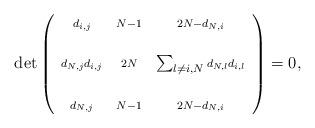
LaTeX: \begin{align*}\det\left(\begin{array}{ccc}\scriptstyle{d_{i,j}} & \scriptstyle{N-1} & \scriptstyle{2N-d_{N,i}} \\& & \\\scriptstyle{d_{N,j} d_{i,j}} & \scriptstyle{2N}& \sum_{l \not= i,N} \scriptstyle{d_{N,l} d_{i,l}} \\& & \\\scriptstyle{d_{N,j}} & \scriptstyle{N-1} & \scriptstyle{2N-d_{N,i}} \\\end{array}\right)= 0,\end{align*}